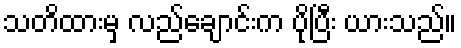
သတိထားမှ လည်ချောင်းက ပိုပြီး ယားသည်။